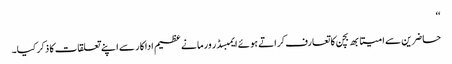
‘‘
حاضرین سے امیتابھ بچن کا تعارف کراتے ہوئے ایمبسڈر ورما نے عظیم اداکار سے اپنے تعلقات کا ذکر کیا۔